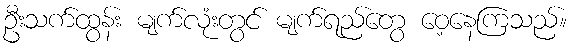
ဦးသက်ထွန်း မျက်လုံးတွင် မျက်ရည်တွေ ဝေ့နေကြသည်။